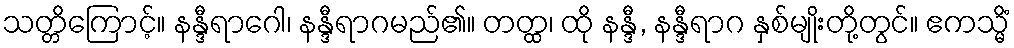
သတ္တိကြောင့်။ နန္ဒီရာဂေါ၊ နန္ဒီရာဂမည်၏။ တတ္ထ၊ ထို နန္ဒီ, နန္ဒီရာဂ နှစ်မျိုးတို့တွင်။ ဧကသ္မိံ